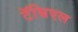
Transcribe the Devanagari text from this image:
टॅम्रिएल